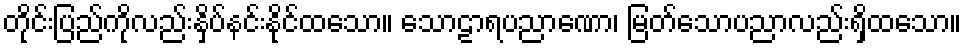
တိုင်းပြည်ကိုလည်းနှိပ်နင်းနိုင်ထသော။ သောဠာရပညာဏော၊ မြတ်သောပညာလည်းရှိထသော။